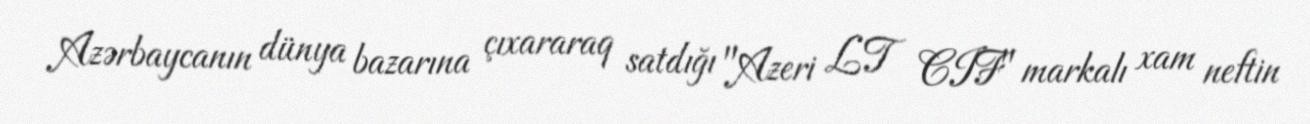
Azərbaycanın dünya bazarına çıxararaq satdığı "Azeri LT CIF" markalı xam neftin